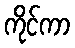
ကိုင်ကာ